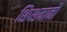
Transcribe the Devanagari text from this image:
शिष्शमानों